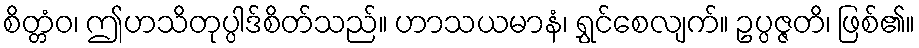
စိတ္တံဝ၊ ဤဟသိတုပ္ပါဒ်စိတ်သည်။ ဟာသယမာနံ၊ ရွှင်စေလျက်။ ဥပ္ပဇ္ဇတိ၊ ဖြစ်၏။